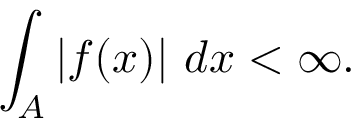
\int _ { A } \left| f ( x ) \right| \, d x < \infty .